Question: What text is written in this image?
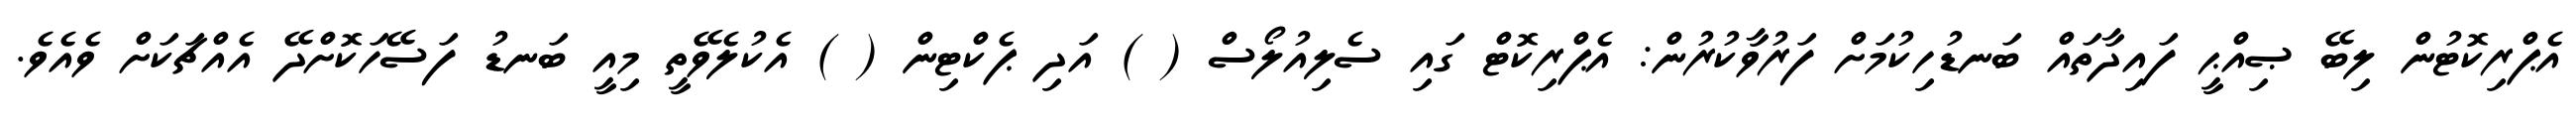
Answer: އެޕްރިކޮޓުން ލިބޭ ޞިއްޙީ ފައިދާތައް ބަނޑުހިކުމަށް ފަރުވާކުރުން: އެޕްރިކޮޓް ގައި ސެލިއުލޯސް ( ) އަދި ޕެކްޓިން ( ) އެކުލެވޭތީ މިއީ ބަނޑު ފަސޭހަކޮށްދޭ އެއްޗަކަށް ވެއެވެ.